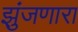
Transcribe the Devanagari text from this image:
झुंजणारा